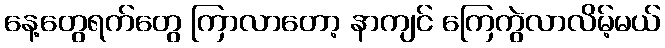
နေ့တွေရက်တွေ ကြာလာတော့ နာကျင် ကြေကွဲလာလိမ့်မယ်